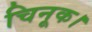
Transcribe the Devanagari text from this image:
चिनूक।